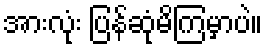
အားလုံး ပြန်ဆုံမိကြမှာပဲ။